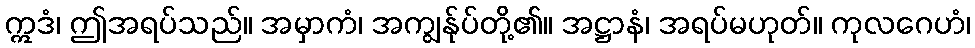
ဣဒံ၊ ဤအရပ်သည်။ အမှာကံ၊ အကျွန်ုပ်တို့၏။ အဋ္ဌာနံ၊ အရပ်မဟုတ်။ ကုလဂေဟံ၊